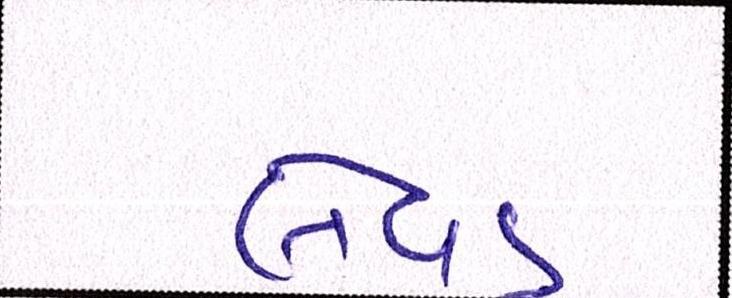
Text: લેવડ